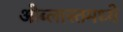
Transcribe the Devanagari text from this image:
ओब्लास्तमध्ये